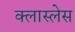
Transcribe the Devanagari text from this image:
क्लास्लेस